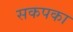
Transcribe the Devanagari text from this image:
सकपका